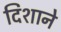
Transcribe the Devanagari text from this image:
दिशाने